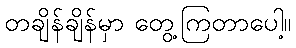
တချိန်ချိန်မှာ တွေ့ကြတာပေါ့။